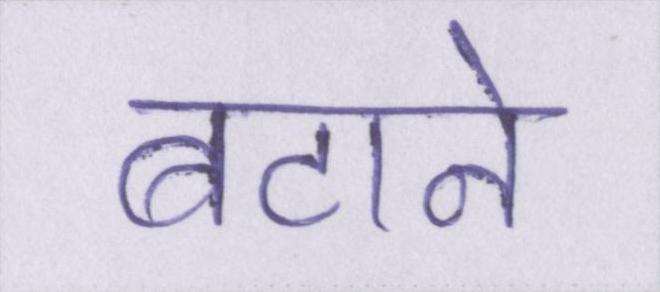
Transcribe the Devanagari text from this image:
बटाने